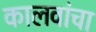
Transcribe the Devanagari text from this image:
कालवांचा